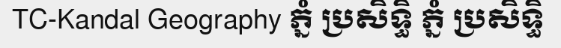
TC-Kandal Geography ភ្នំ ប្រសិទ្ធិ ភ្នំ ប្រសិទ្ធិ